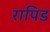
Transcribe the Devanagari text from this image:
रापिड